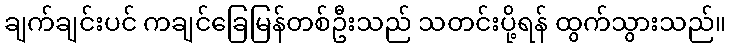
ချက်ချင်းပင် ကချင်ခြေမြန်တစ်ဦးသည် သတင်းပို့ရန် ထွက်သွားသည်။